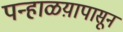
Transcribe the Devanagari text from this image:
पन्हाळय़ापासून